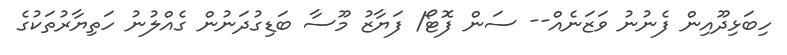
ހިބަޅިދޫއިން ފެނުނު ވަޒަނެއް-- ސަން ފޮޓޯ/ ފަޔާޒު މޫސާ ބަޑިގުދަނުން ގެއްލުނު ހަތިޔާރުތަކުގެ